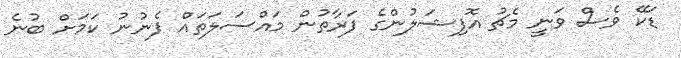
ޑަކޭ ވެސް ވަނީ މެޗު އޮފިޝަލުންގެ ފަރާތުން މައްސަލަތައް ފެނުނު ކަމަށް ބުނެ